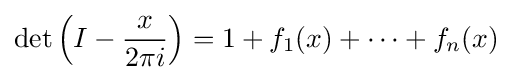
\det \left(I-{x \over 2\pi i}\right)=1+f_{1}(x)+\cdots +f_{n}(x)